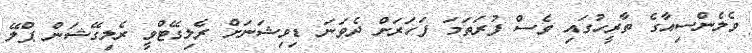
ވެލެންސިއާގެ ތާރީހުގައި ވެސް ފުރަތަމަ ފަހަރަށް ދެވަނަ ޑިވިޝަނަށް ރެލިގޭޓްވީ ރެލިގޭޝަން ޕްލޭ